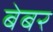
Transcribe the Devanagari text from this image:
बेबर